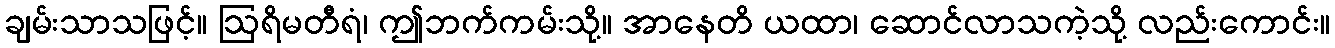
ချမ်းသာသဖြင့်။ ဩရိမတီရံ၊ ဤဘက်ကမ်းသို့။ အာနေတိ ယထာ၊ ဆောင်လာသကဲ့သို့ လည်းကောင်း။